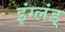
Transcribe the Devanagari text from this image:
इंग्लंड्